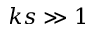
k s \gg 1